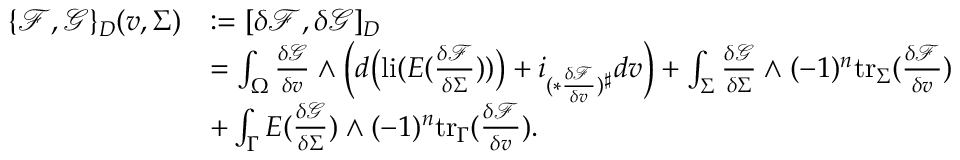
\begin{array} { r l } { \{ \mathcal { F } , \mathcal { G } \} _ { D } ( v , \Sigma ) } & { : = [ \delta \mathcal { F } , \delta \mathcal { G } ] _ { D } } \\ & { = \int _ { \Omega } \frac { \delta \mathcal { G } } { \delta v } \wedge \Big ( d \big ( \mathrm { l i } ( E ( \frac { \delta \mathcal { F } } { \delta \Sigma } ) ) \big ) + i _ { ( \ast \frac { \delta \mathcal { F } } { \delta v } ) ^ { \sharp } } d v \Big ) + \int _ { \Sigma } \frac { \delta \mathcal { G } } { \delta \Sigma } \wedge ( - 1 ) ^ { n } \mathrm { t r } _ { \Sigma } ( \frac { \delta \mathcal { F } } { \delta v } ) } \\ & { + \int _ { \Gamma } E ( \frac { \delta \mathcal { G } } { \delta \Sigma } ) \wedge ( - 1 ) ^ { n } \mathrm { t r } _ { \Gamma } ( \frac { \delta \mathcal { F } } { \delta v } ) . } \end{array}